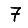
Digit: 7